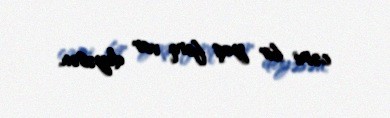
cəmi bir yaş fərq var deyəsən.